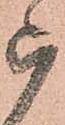
被